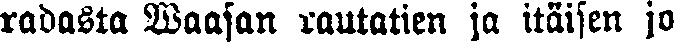
radasta Vaasan rautatien ja itäisen jo